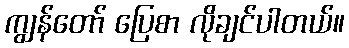
ကျွန်တော် ပြေစာ လိုချင်ပါတယ်။